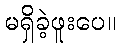
မရှိခဲ့ဖူးပေ။